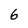
Character: 6